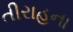
તીરાહના